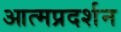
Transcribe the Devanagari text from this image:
आत्मप्रदर्शन